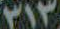
٣١٣